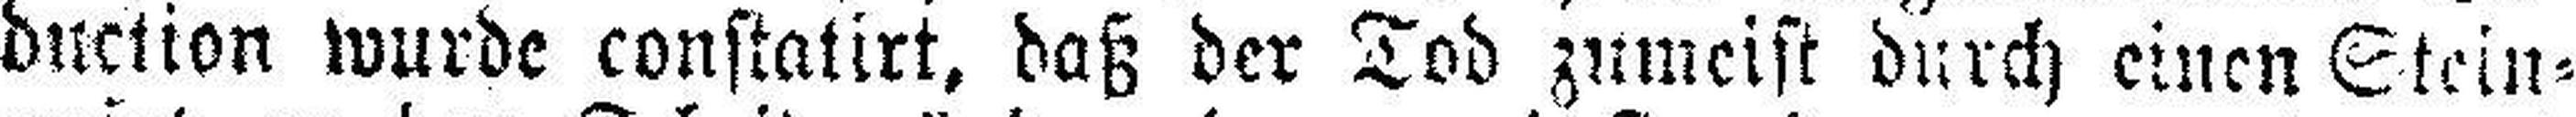
duction wurde constatirt, daß der Tod zumeist durch einen Stein¬